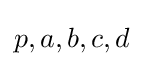
p,a,b,c,d